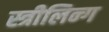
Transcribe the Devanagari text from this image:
स्त्रीलिन्ग